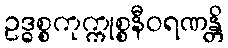
ဥဒ္ဓစ္စကုက္ကုစ္စနီဝရဏန္တိ